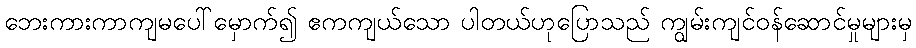
ဘေးကားကာကျမပေါ်မှောက်၍ ဧကကျယ်သော ပါတယ်ဟုပြောသည် ကျွမ်းကျင်ဝန်ဆောင်မှုများမှ